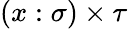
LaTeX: (x:\sigma)\times\tau